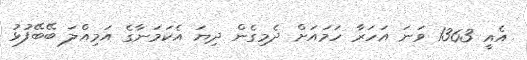
އެއީ 1363 ވަނަ އަހަރާ ހަމައަށް ދެމިގެން ދިޔަ އެކަމަނާގެ އަމިއްލަ ބޭބޭފުޅު